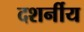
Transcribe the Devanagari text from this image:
दशर्नीय